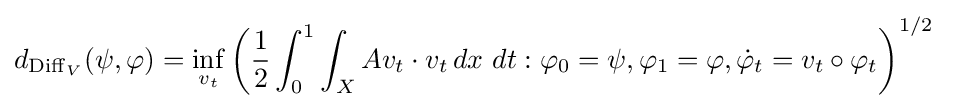
d_{\operatorname {Diff} _{V}}(\psi ,\varphi )=\inf _{v_{t}}\left({\frac {1}{2}}\int _{0}^{1}\int _{X}Av_{t}\cdot v_{t}\,dx\ dt:\varphi _{0}=\psi ,\varphi _{1}=\varphi ,{\dot {\varphi }}_{t}=v_{t}\circ \varphi _{t}\right)^{1/2}\